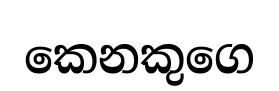
කෙනකුගෙ